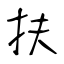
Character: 扶